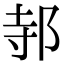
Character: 邿